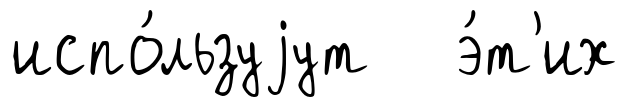
испо́льзуjут э́т'их